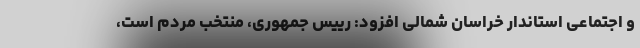
و اجتماعی استاندار خراسان شمالی افزود: رییس جمهوری، منتخب مردم است،